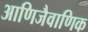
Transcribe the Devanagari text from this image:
आणिजैवाणिक